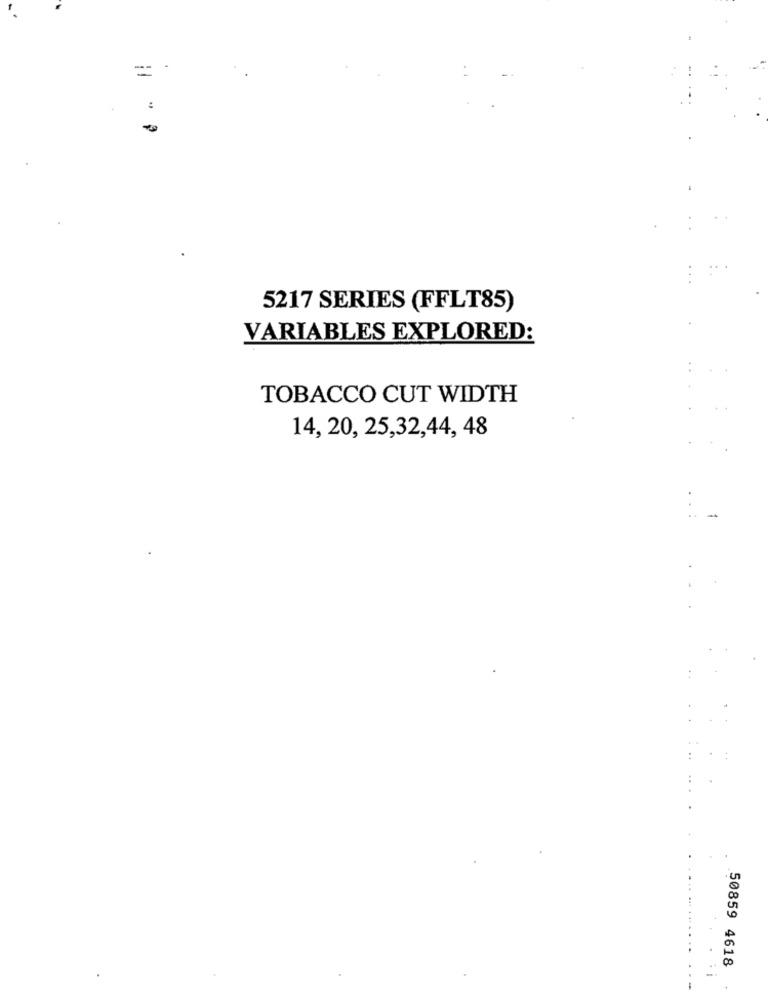
=
.
:
5217 SERIES (FFLT85)
VARIABLES EXPLORED:
TOBACCO CUT WIDTH
14, 20, 25,32,44, 48
50859 4618